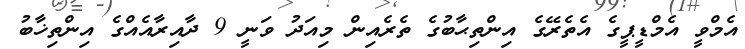
އެމްވީ އެމްޑީޕީގެ އެތެރޭގެ އިންތިޙާބުގެ ތެރެއިން މިއަދު ވަނީ 9 ދާއިރާއެއްގެ އިންތިޚާބު